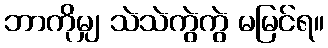
ဘာကိုမျှ သဲသဲကွဲကွဲ မမြင်ရ။